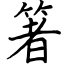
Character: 箸